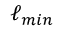
\ell _ { m i n }